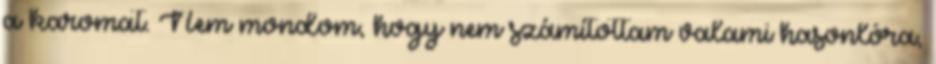
a karomat. Nem mondom, hogy nem számítottam valami hasonlóra,